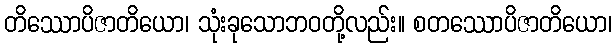
တိဿောပိဇာတိယော၊ သုံးခုသောဘဝတို့လည်း။ စတဿောပိဇာတိယော၊